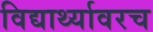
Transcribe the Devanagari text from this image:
विद्यार्थ्यावरच